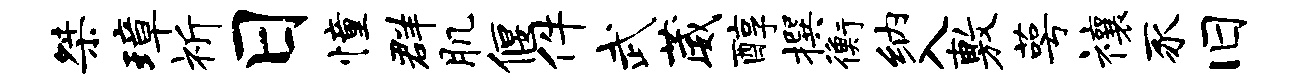
桀璋祈日憧群肌偃件武葳醇撰衡纳入敷萼禳豕旧